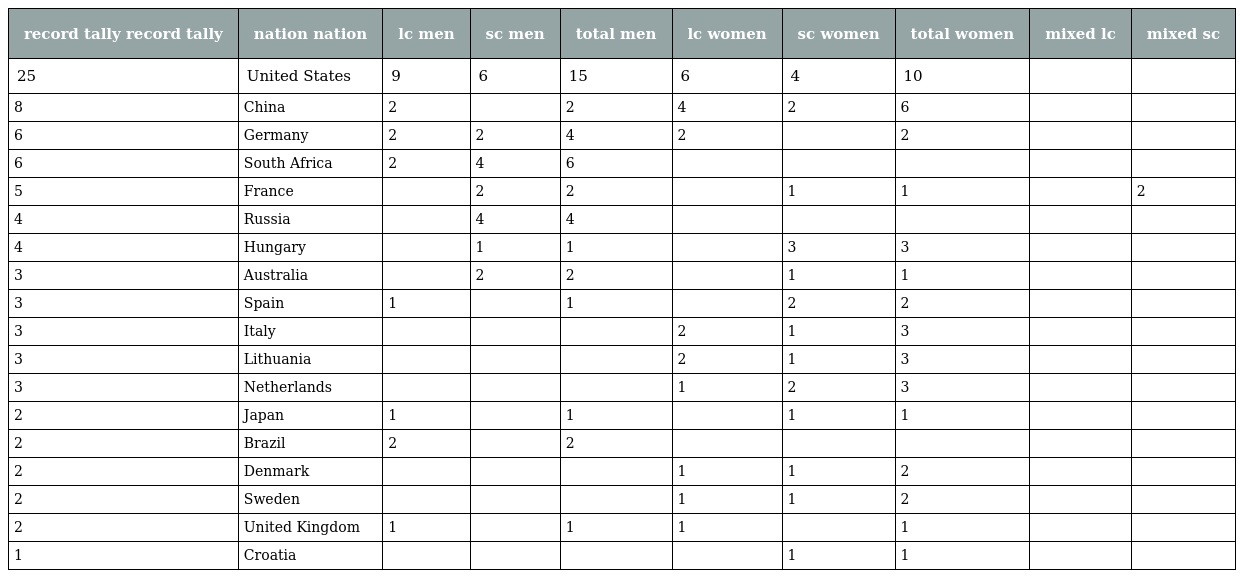
| record tally record tally | nation nation | lc men | sc men | total men | lc women | sc women | total women | mixed lc | mixed sc |
 | --- | --- | --- | --- | --- | --- | --- | --- | --- | --- |
 | 25 | United States | 9 | 6 | 15 | 6 | 4 | 10 |  |  |
 | 8 | China | 2 |  | 2 | 4 | 2 | 6 |  |  |
 | 6 | Germany | 2 | 2 | 4 | 2 |  | 2 |  |  |
 | 6 | South Africa | 2 | 4 | 6 |  |  |  |  |  |
 | 5 | France |  | 2 | 2 |  | 1 | 1 |  | 2 |
 | 4 | Russia |  | 4 | 4 |  |  |  |  |  |
 | 4 | Hungary |  | 1 | 1 |  | 3 | 3 |  |  |
 | 3 | Australia |  | 2 | 2 |  | 1 | 1 |  |  |
 | 3 | Spain | 1 |  | 1 |  | 2 | 2 |  |  |
 | 3 | Italy |  |  |  | 2 | 1 | 3 |  |  |
 | 3 | Lithuania |  |  |  | 2 | 1 | 3 |  |  |
 | 3 | Netherlands |  |  |  | 1 | 2 | 3 |  |  |
 | 2 | Japan | 1 |  | 1 |  | 1 | 1 |  |  |
 | 2 | Brazil | 2 |  | 2 |  |  |  |  |  |
 | 2 | Denmark |  |  |  | 1 | 1 | 2 |  |  |
 | 2 | Sweden |  |  |  | 1 | 1 | 2 |  |  |
 | 2 | United Kingdom | 1 |  | 1 | 1 |  | 1 |  |  |
 | 1 | Croatia |  |  |  |  | 1 | 1 |  |  |